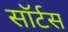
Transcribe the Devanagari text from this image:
सॉर्टस